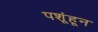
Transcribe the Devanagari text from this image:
पशूंहून